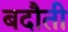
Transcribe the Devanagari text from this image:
बदौती